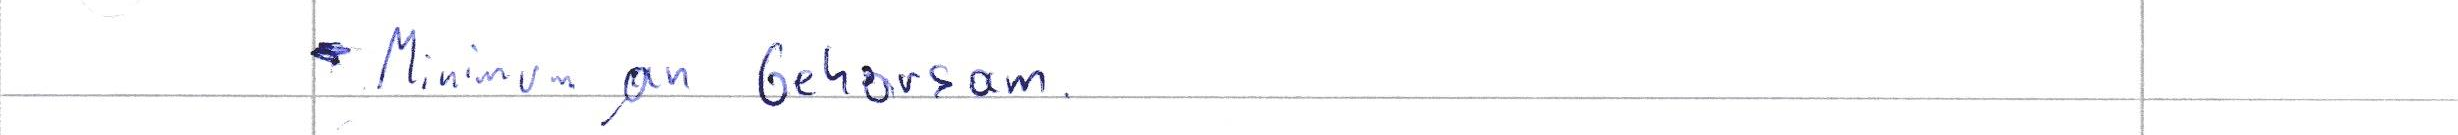
Minimum an Gehorsam